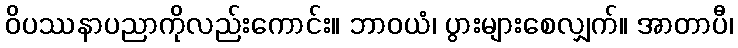
ဝိပဿနာပညာကိုလည်းကောင်း။ ဘာဝယံ၊ ပွားများစေလျှက်။ အာတာပီ၊